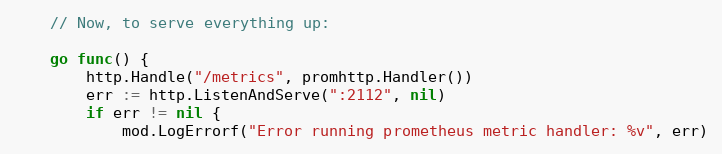
Language: Go
	// Now, to serve everything up:

	go func() {
		http.Handle("/metrics", promhttp.Handler())
		err := http.ListenAndServe(":2112", nil)
		if err != nil {
			mod.LogErrorf("Error running prometheus metric handler: %v", err)